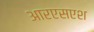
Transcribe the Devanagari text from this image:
आरएसएश